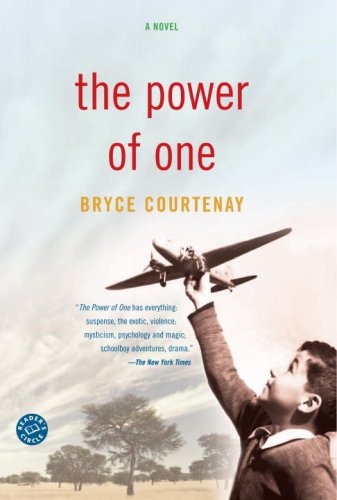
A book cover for The Power of One: A Novel; Bryce Courtenay; Mystery, Thriller & Suspense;